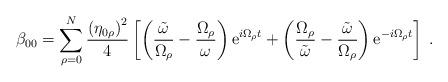
LaTeX: \begin{align*}\beta_{00}=\sum_{\rho=0}^N\frac{\left(\eta_{0\rho}\right)^2}{4}\left[\left(\frac{\tilde{\omega}}{\Omega_\rho}-\frac{\Omega_\rho}{\omega}\right){\rm e}^{i\Omega_\rho t}+\left(\frac{\Omega_\rho}{\tilde{\omega}}-\frac{\tilde{\omega}}{\Omega_\rho}\right){\rm e}^{-i\Omega_\rho t}\right]\;.\end{align*}